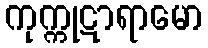
ကုက္ကုဋာရာမော